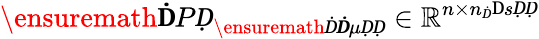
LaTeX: \ensuremath{\mathbf ḊPḌ}_{\ensuremath Ḋ\boldsymbol Ḋ\mu ḌḌ}\in\mathbb{R}^{n\times n_{Ḋ}\mathrm ḊsḌḌ}